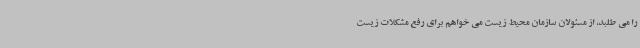
را می طلبد، از مسئولان سازمان محیط زیست می خواهم برای رفع مشکلات زیست